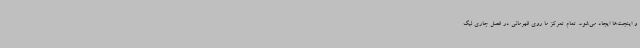
و اینجت‌ها ایجاد می‌شود. تمام تمرکز ما روی قهرمانی در فصل جاری لیگ